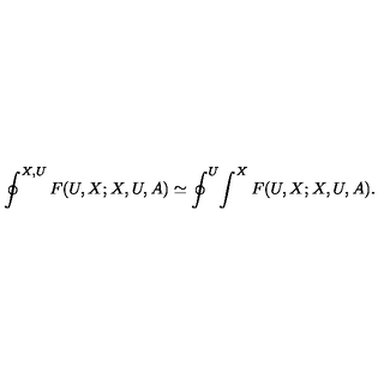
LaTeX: \oint ^ { X , U } F ( U , X ; X , U , A ) \simeq \oint ^ { U } \! \int ^ { X } F ( U , X ; X , U , A ) .